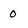
Character: 0